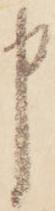
申